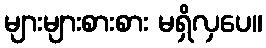
များများစားစား မရှိလှပေ။